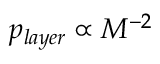
p _ { l a y e r } \propto M ^ { - 2 }